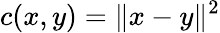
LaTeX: c(x,y)=\| x-y\| ^{2}